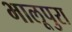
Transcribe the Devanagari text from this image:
भालूपुरा